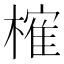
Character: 𣙜